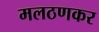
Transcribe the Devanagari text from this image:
मलठणकर